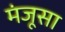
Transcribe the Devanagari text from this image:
मंजूसा